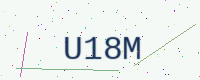
Text: U18M